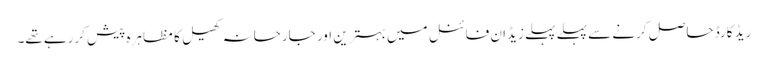
ریڈ کارڈ حاصل کرنے سے پہلے پہلے زیڈان فائنل میں بہترین اور جارحانہ کھیل کا مظاہرہ پیش کررہے تھے۔